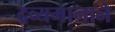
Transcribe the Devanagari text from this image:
द्रव्यमानाने